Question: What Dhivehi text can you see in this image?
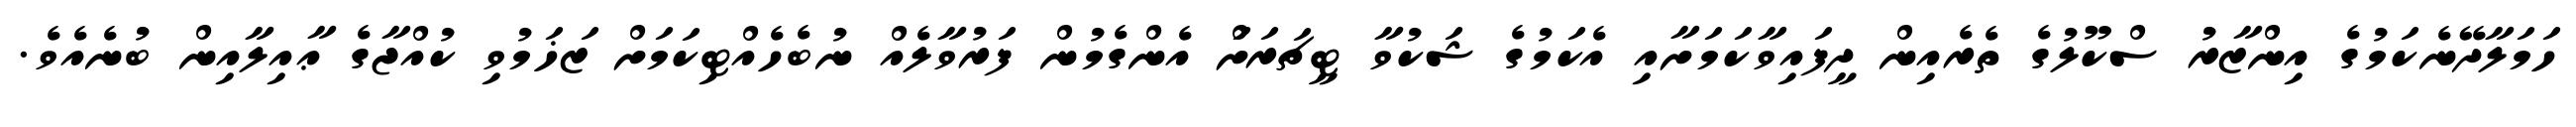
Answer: ހަމަލާދޭނެކަމުގެ އިންޒާރު ސްކޫލުގެ ތެރެއިން ދީފައިވާކަމަށާއި އެކަމުގެ ޝަކުވާ ޓީޗަރަށަް އެންގެމުން ފަރުވާލެއް ނުބެހެއްޓިކަމަށް ޒަޚަމުވި ކުއްޖާގެ ޢާއިލާއިން ބުނެއެވެ.